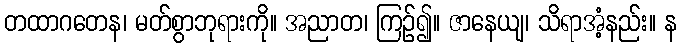
တထာဂတေန၊ မတ်စွာဘုရားကို။ အညာတ၊ ကြဉ်၍။ ဇာနေယျ၊ သိရာအံ့နည်း။ န